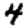
Digit: 4